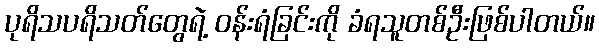
ပုရိသပရိသတ်တွေရဲ့ ဝန်းရံခြင်းကို ခံရသူတစ်ဦးဖြစ်ပါတယ်။